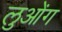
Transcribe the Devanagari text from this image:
लुओंग